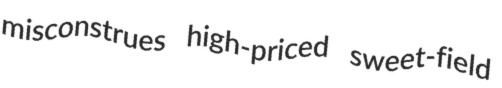
misconstrues high-priced sweet-field